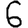
Digit: 6